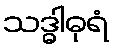
သဒ္ဓါဓုရံ